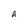
Character: a